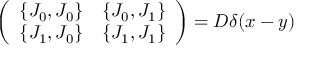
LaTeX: \left( \begin{array} { c c } { { \{ J _ { 0 } , J _ { 0 } \} } } & { { \{ J _ { 0 } , J _ { 1 } \} } } \\ { { \{ J _ { 1 } , J _ { 0 } \} } } & { { \{ J _ { 1 } , J _ { 1 } \} } } \end{array} \right) = { \cal D } \delta ( x - y )